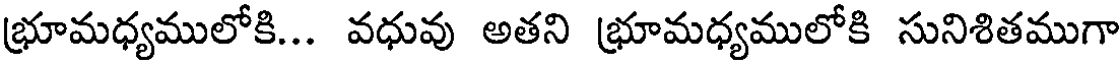
భ్రూమధ్యములోకి... వధువు అతని భ్రూమధ్యములోకి సునిశితముగా